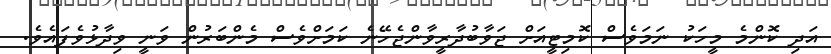
އަދި ކޮންމެ މީހަކު ނަމަވެސް ކޮމިޓީއަށް ޖަވާބުދާރީވާންޖެހޭނެ ކަމަށްވެސް މެންބަރުން ވަނީ ވިދާޅުވެފައެވެ.